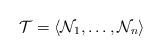
LaTeX: \begin{align*} \mathcal{T}=\langle \mathcal{N}_1,\ldots,\mathcal{N}_n \rangle \end{align*}